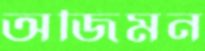
অজিমন